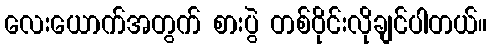
လေးယောက်အတွက် စားပွဲ တစ်ဝိုင်းလိုချင်ပါတယ်။